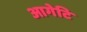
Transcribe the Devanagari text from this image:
आगेटि